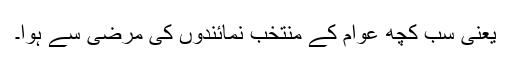
یعنی سب کچھ عوام کے منتخب نمائندوں کی مرضی سے ہوا۔